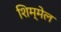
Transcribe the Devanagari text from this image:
शिम्मेल